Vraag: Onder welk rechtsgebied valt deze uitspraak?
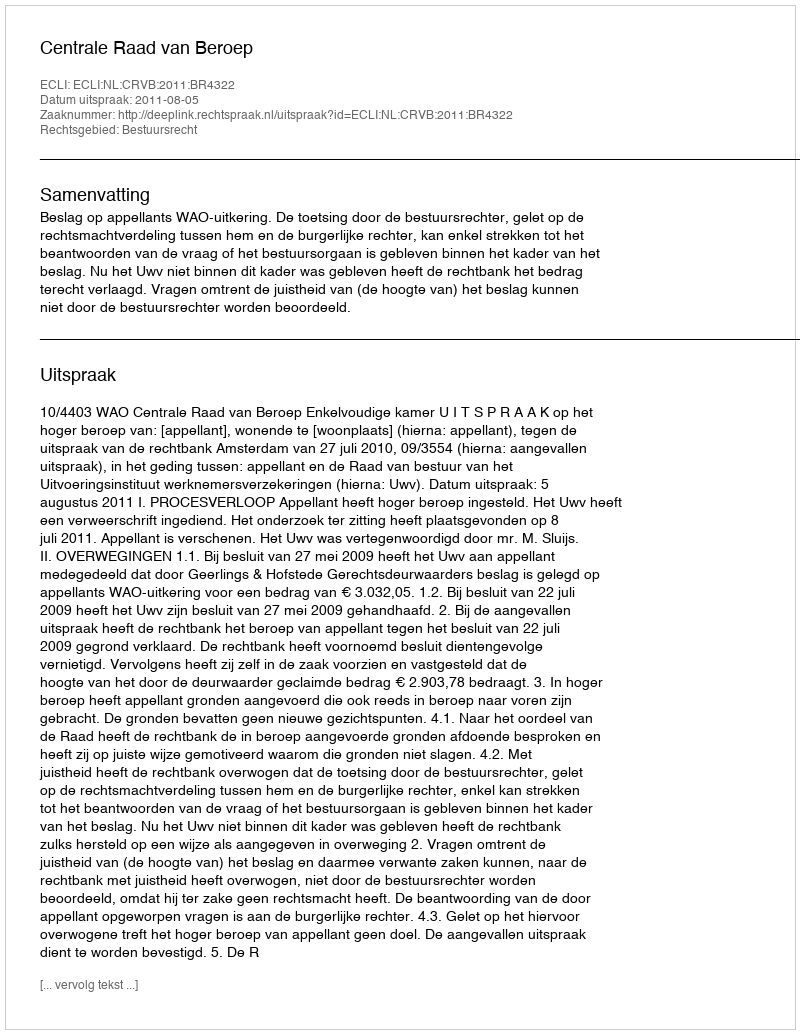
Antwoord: Bestuursrecht